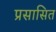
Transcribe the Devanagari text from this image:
प्रसासित